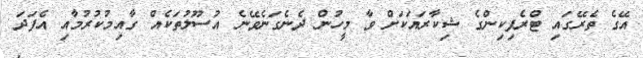
އޭގެ ތެރޭގައި ޓްރެފިކިންގެ ޝިކާރައަކަށް ވާ މީހުން ދެނެގަނެވޭނެ އުސޫލުތަކެއް ގާއިމުކުރުމާއި އެފަދަ